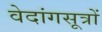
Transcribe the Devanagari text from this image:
वेदांगसूत्रों